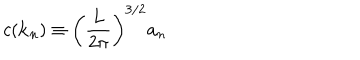
LaTeX: c ( { \bf k } _ { n } ) \equiv \left( \frac { L } { 2 \pi } \right) ^ { 3 / 2 } a _ { n }